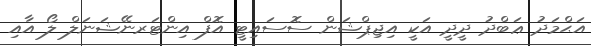
އަޙްމަދު ޢަބްދު ދީދީ އަކީ އިޖިޕްޝަން ސޮސައިޓީ އޮފް އިންޓަރނޭޝަނަލް ލޯ އާއި